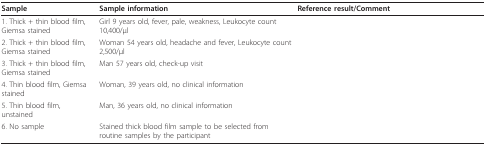
<table><thead><tr><td><b>Sample</b></td><td><b>Sample information</b></td><td><b>Reference result/Comment</b></td></tr></thead><tbody><tr><td>1. Thick + thin blood film, Giemsa stained</td><td>Girl 9 years old, fever, pale, weakness, Leukocyte count 10,400/μl</td><td>[EMPTY_CELL]</td></tr><tr><td>2. Thick + thin blood film, Giemsa stained</td><td>Woman 54 years old, headache and fever, Leukocyte count 2,500/μl</td><td>[EMPTY_CELL]</td></tr><tr><td>3. Thick + thin blood film, Giemsa stained</td><td>Man 57 years old, check-up visit</td><td>[EMPTY_CELL]</td></tr><tr><td>4. Thin blood film, Giemsa stained</td><td>Woman, 39 years old, no clinical information</td><td>[EMPTY_CELL]</td></tr><tr><td>5. Thin blood film, unstained</td><td>Man, 36 years old, no clinical information</td><td>[EMPTY_CELL]</td></tr><tr><td>6. No sample</td><td>Stained thick blood film sample to be selected from routine samples by the participant</td><td>[EMPTY_CELL]</td></tr></tbody></table>